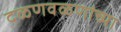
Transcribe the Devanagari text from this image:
दळणवळणांच्या